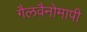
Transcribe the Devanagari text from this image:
गैलवैनोमापी